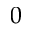
0